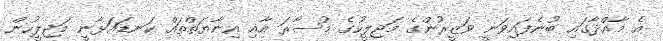
އެ މާއްދާގައި ބުނެފައިވަނީ ވަޒީރުންގެ މަޖިލީހުގެ މުސާރަ އާއި އިނާޔަތްތައް ކަނޑައަޅާނީ މަޖިލީހުން